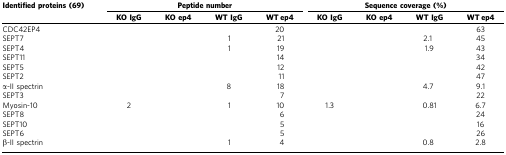
| Identified proteins (69) | <COLSPAN=4> Peptide number | <COLSPAN=4> Sequence coverage (%) |
 |  | KO IgG | KO ep4 | WT IgG | WT ep4 | KO IgG | KO ep4 | WT IgG | WT ep4 |
 | --- | --- | --- | --- | --- | --- | --- | --- | --- |
 | CDC42EP4 |  |  |  | 20 |  |  |  | 63 |
 | SEPT7 |  |  | 1 | 21 |  |  | 2.1 | 45 |
 | SEPT4 |  |  | 1 | 19 |  |  | 1.9 | 43 |
 | SEPT11 |  |  |  | 14 |  |  |  | 34 |
 | SEPT5 |  |  |  | 12 |  |  |  | 42 |
 | SEPT2 |  |  |  | 11 |  |  |  | 47 |
 | α-II spectrin |  |  | 8 | 18 |  |  | 4.7 | 9.1 |
 | SEPT3 |  |  |  | 7 |  |  |  | 22 |
 | Myosin-10 | 2 |  | 1 | 10 | 1.3 |  | 0.81 | 6.7 |
 | SEPT8 |  |  |  | 6 |  |  |  | 24 |
 | SEPT10 |  |  |  | 5 |  |  |  | 16 |
 | SEPT6 |  |  |  | 5 |  |  |  | 26 |
 | β-II spectrin |  |  | 1 | 4 |  |  | 0.8 | 2.8 |